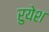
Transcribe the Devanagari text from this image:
रुयेश